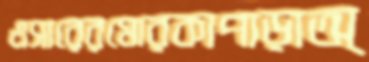
এসারেরমোরকাপাড়াঅ্